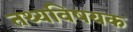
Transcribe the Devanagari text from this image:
तथ्यविषयक